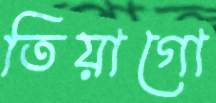
তিয়াগো